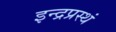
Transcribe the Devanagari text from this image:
इन्द्रप्रस्थं